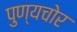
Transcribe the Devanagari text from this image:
पुण्यचोर